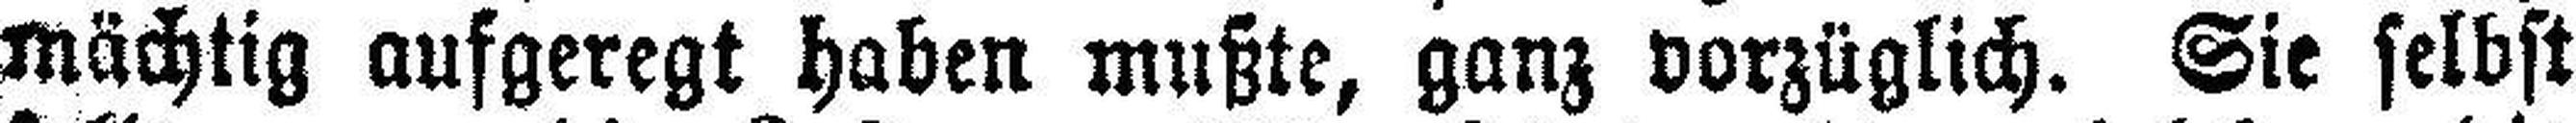
mächtig aufgeregt haben mußte, ganz vorzüglich. Sie selbst